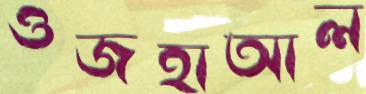
ওজহাআল